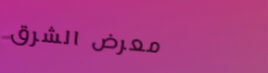
معرض الشرق